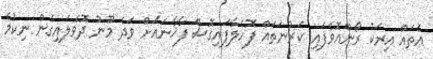
އެތައް އިރަކު ރޯންއޮވެފައި ކަރުނަތައް ފޮހެލާފައިގޮސް ފާާޚާނައަށް ވަދެ މޫނު ދޮވެލައިގެން ނިކުމެ